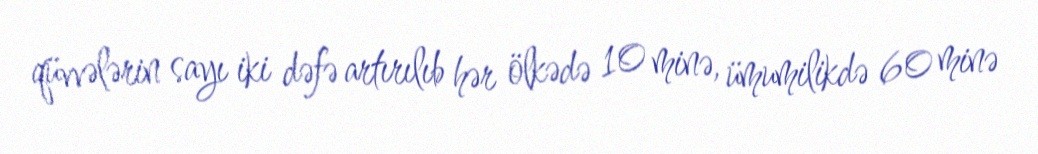
qüvvələrin sayı iki dəfə artırılıb hər ölkədə 10 minə, ümumilikdə 60 minə